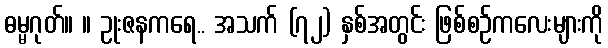
ဓမ္မဂုတ်။ ။ ဥုးဇနကရေ.. အသက် (၇၂) နှစ်အတွင်း ဖြစ်စဉ်ကလေးများကို